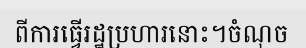
ពីការធ្វើរដ្ឋប្រហារនោះ។ចំណុច